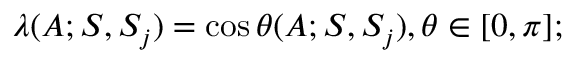
\lambda ( A ; { \cal S } , { \cal S } _ { j } ) = \cos \theta ( A ; { \cal S } , { \cal S } _ { j } ) , \theta \in [ 0 , \pi ] ;